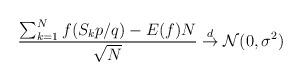
LaTeX: \begin{align*}\frac{\sum_{k=1}^N f(S_k p/q) -E(f)N}{\sqrt{N}} \overset{d}{\to} \mathcal{N}(0,\sigma^2 )\end{align*}